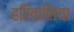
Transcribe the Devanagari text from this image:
हरिवासिया